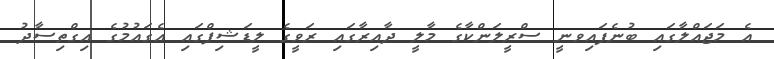
އެ މަޖައްލާގައި ބުނެފައިވނީ ސްރީލަންކާގެ މާލީ ދާއިރާގައި ރަވީގެ ލީޑަޝިޕްގައި އެގައުމުގެ އިގްތިސާދު